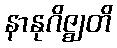
နာနုဂိဇ္ဈတိ